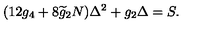
( 1 2 g _ { 4 } + 8 \widetilde { g } _ { 2 } N ) \Delta ^ { 2 } + g _ { 2 } \Delta = S .